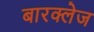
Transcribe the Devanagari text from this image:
बारक्लेज